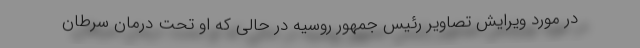
در مورد ویرایش تصاویر رئیس جمهور روسیه در حالی که او تحت درمان سرطان